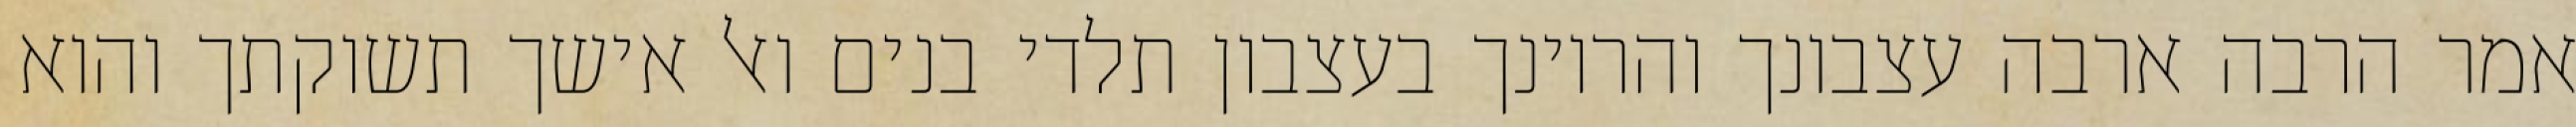
אמר הרבה ארבה עצבונך והריונך בעצבון תלדי בנים ואל אישך תשוקתך והוא